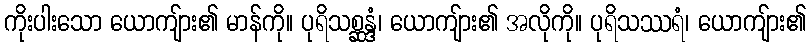
ကိုးပါးသော ယောကျ်ား၏ မာန်ကို။ ပုရိသစ္ဆန္ဒံ၊ ယောကျ်ား၏ အလိုကို။ ပုရိသဿရံ၊ ယောကျ်ား၏